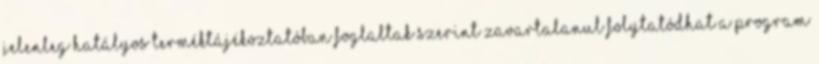
jelenleg hatályos terméktájékoztatóban foglaltak szerint zavartalanul folytatódhat a program